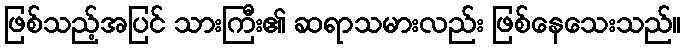
ဖြစ်သည့်အပြင် သားကြီး၏ ဆရာသမားလည်း ဖြစ်နေသေးသည်။